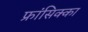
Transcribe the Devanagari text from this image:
फ्रांसिक्का